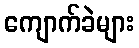
ကျောက်ခဲများ